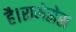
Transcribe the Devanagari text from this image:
है।रामेसेस